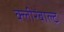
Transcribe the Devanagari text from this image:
क्लीरेंबाल्ट